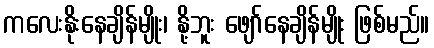
ကလေးနိုးနေချိန်မျိုး၊ နို့ဘူး ဖျော်နေချိန်မျိုး ဖြစ်မည်။